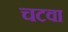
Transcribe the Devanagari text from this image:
चटवा